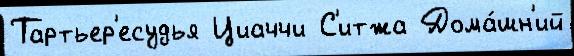
Тартьер'есудья Циаччи С'итжа Дома́шн'ий